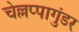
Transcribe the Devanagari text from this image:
चेल्लप्पागुंडर